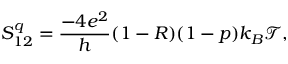
{ S _ { 1 2 } ^ { q } = \frac { - 4 e ^ { 2 } } { h } ( 1 - R ) ( 1 - p ) k _ { B } \mathcal { T } , }